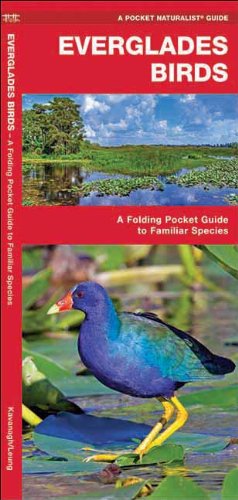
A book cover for Everglades Birds: A Folding Pocket Guide to Familiar Species (Pocket Naturalist Guide Series); James Kavanagh; Travel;